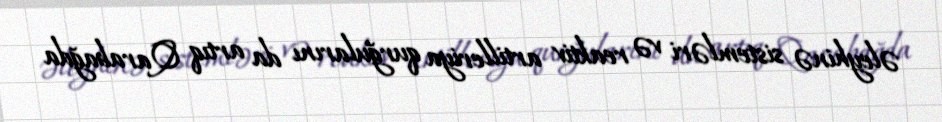
əleyhinə sistemləri və reaktiv artilleriya qurğularını da artıq Qarabağda